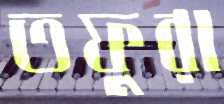
তফুরা